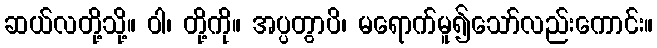
ဆယ်လတို့သို့။ ဝါ၊ တို့ကို။ အပ္ပတွာပိ၊ မရောက်မူ၍သော်လည်းကောင်း။